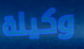
وكيلة